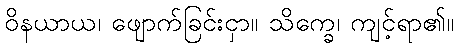
ဝိနယာယ၊ ဖျောက်ခြင်းငှာ။ သိက္ခေ၊ ကျင့်ရာ၏။